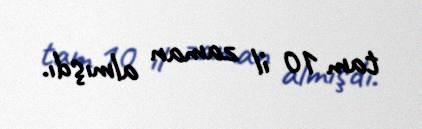
tam 10 il zaman almışdı.